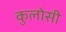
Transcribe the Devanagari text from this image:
कुलोसी